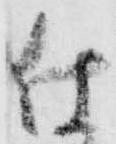
仕